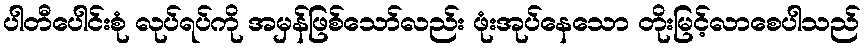
ပါတီပေါင်းစုံ လုပ်ရပ်ကို အမှန်ဖြစ်သော်လည်း ဖုံးအုပ်နေသော တိုးမြင့်လာစေပါသည်